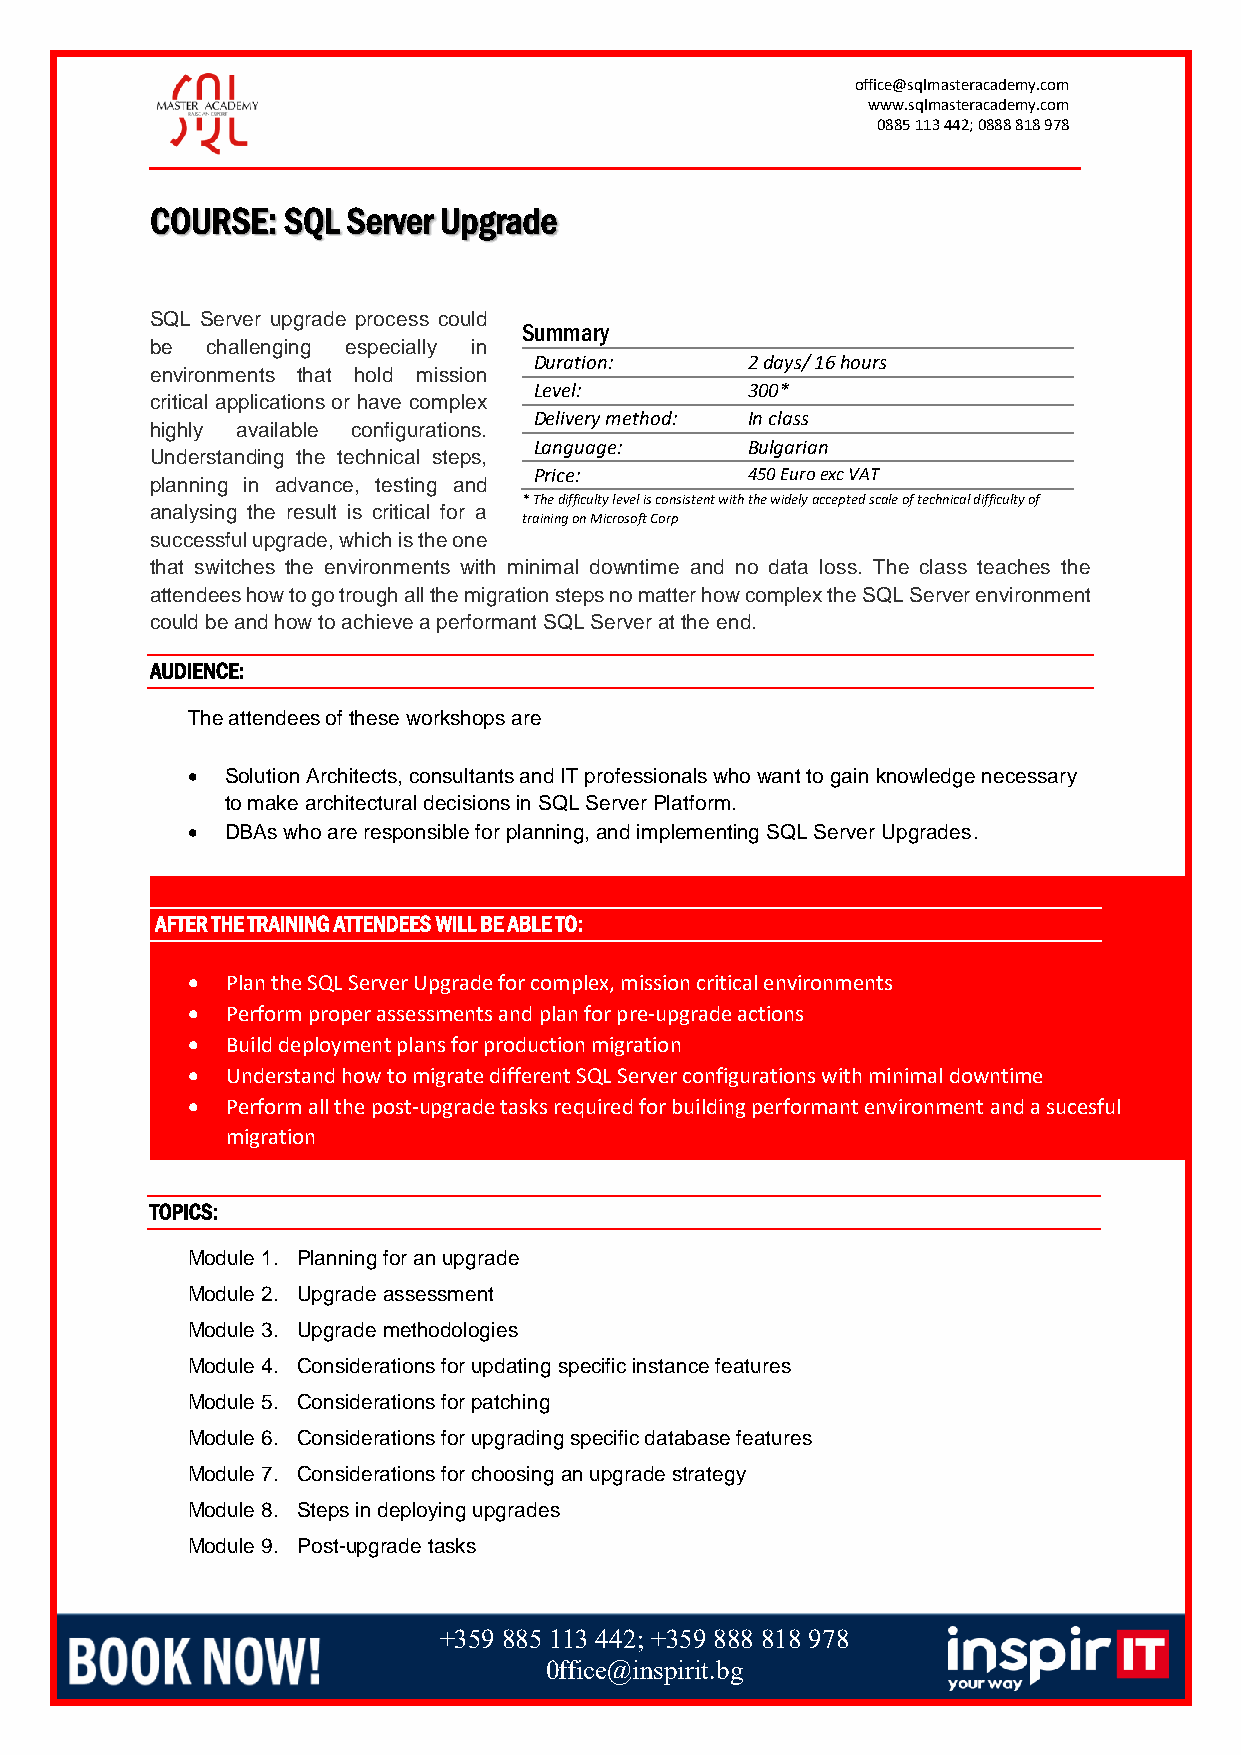
office@sqlmasteracademy.com
 www.sqlmasteracademy.com
 0885 113 442; 0888 818 978
 COURSE:  SQL Server Upgrade
 SQL Server upgrade process could
 Summary
 be  challenging especially in
 Duration:     2 days/ 16 hours
 environments that hold mission
 Level:        300*
 critical applications or have complex
 Delivery method: In class
 highly available configurations.
 Language:     Bulgarian
 Understanding the technical steps,
 Price:        450 Euro exc VAT
 planning in advance, testing and
 * The difficulty level is consistent with the widely accepted scale of technical difficulty of
 analysing the result is critical for a
 training on Microsoft Corp
 successful upgrade, which is the one
 that switches the environments with minimal downtime and no data loss. The class teaches the
 attendees how to go trough all the migration steps no matter how complex the SQL Server environment
 could be and how to achieve a performant SQL Server at the end.
 AUDIENCE:
 The attendees of these workshops are
 •  Solution Architects, consultants and IT professionals who want to gain knowledge necessary
 to make architectural decisions in SQL Server Platform.
 •  DBAs who are responsible for planning, and implementing SQL Server Upgrades.
 AFTER THE TRAINING ATTENDEES WILL BE ABLE TO:
 •  Plan the SQL Server Upgrade for complex, mission critical environments
 •  Perform proper assessments and plan for pre-upgrade actions
 •  Build deployment plans for production migration
 •  Understand how to migrate different SQL Server configurations with minimal downtime
 •  Perform all the post-upgrade tasks required for building performant environment and a sucesful
 migration
 TOPICS:
 Module 1. Planning for an upgrade
 Module 2. Upgrade assessment
 Module 3. Upgrade methodologies
 Module 4. Considerations for updating specific instance features
 Module 5. Considerations for patching
 Module 6. Considerations for upgrading specific database features
 Module 7. Considerations for choosing an upgrade strategy
 Module 8. Steps in deploying upgrades
 Module 9. Post-upgrade tasks
 +359 885 113 442; +359 888 818 978
 0ffice@inspirit.bg